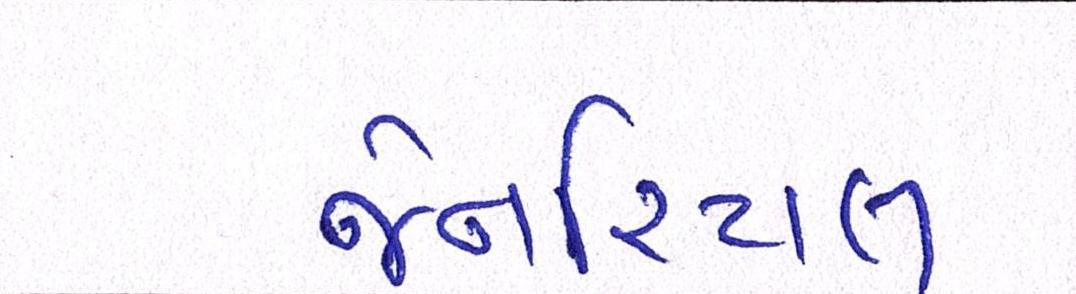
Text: જેનરિયલ